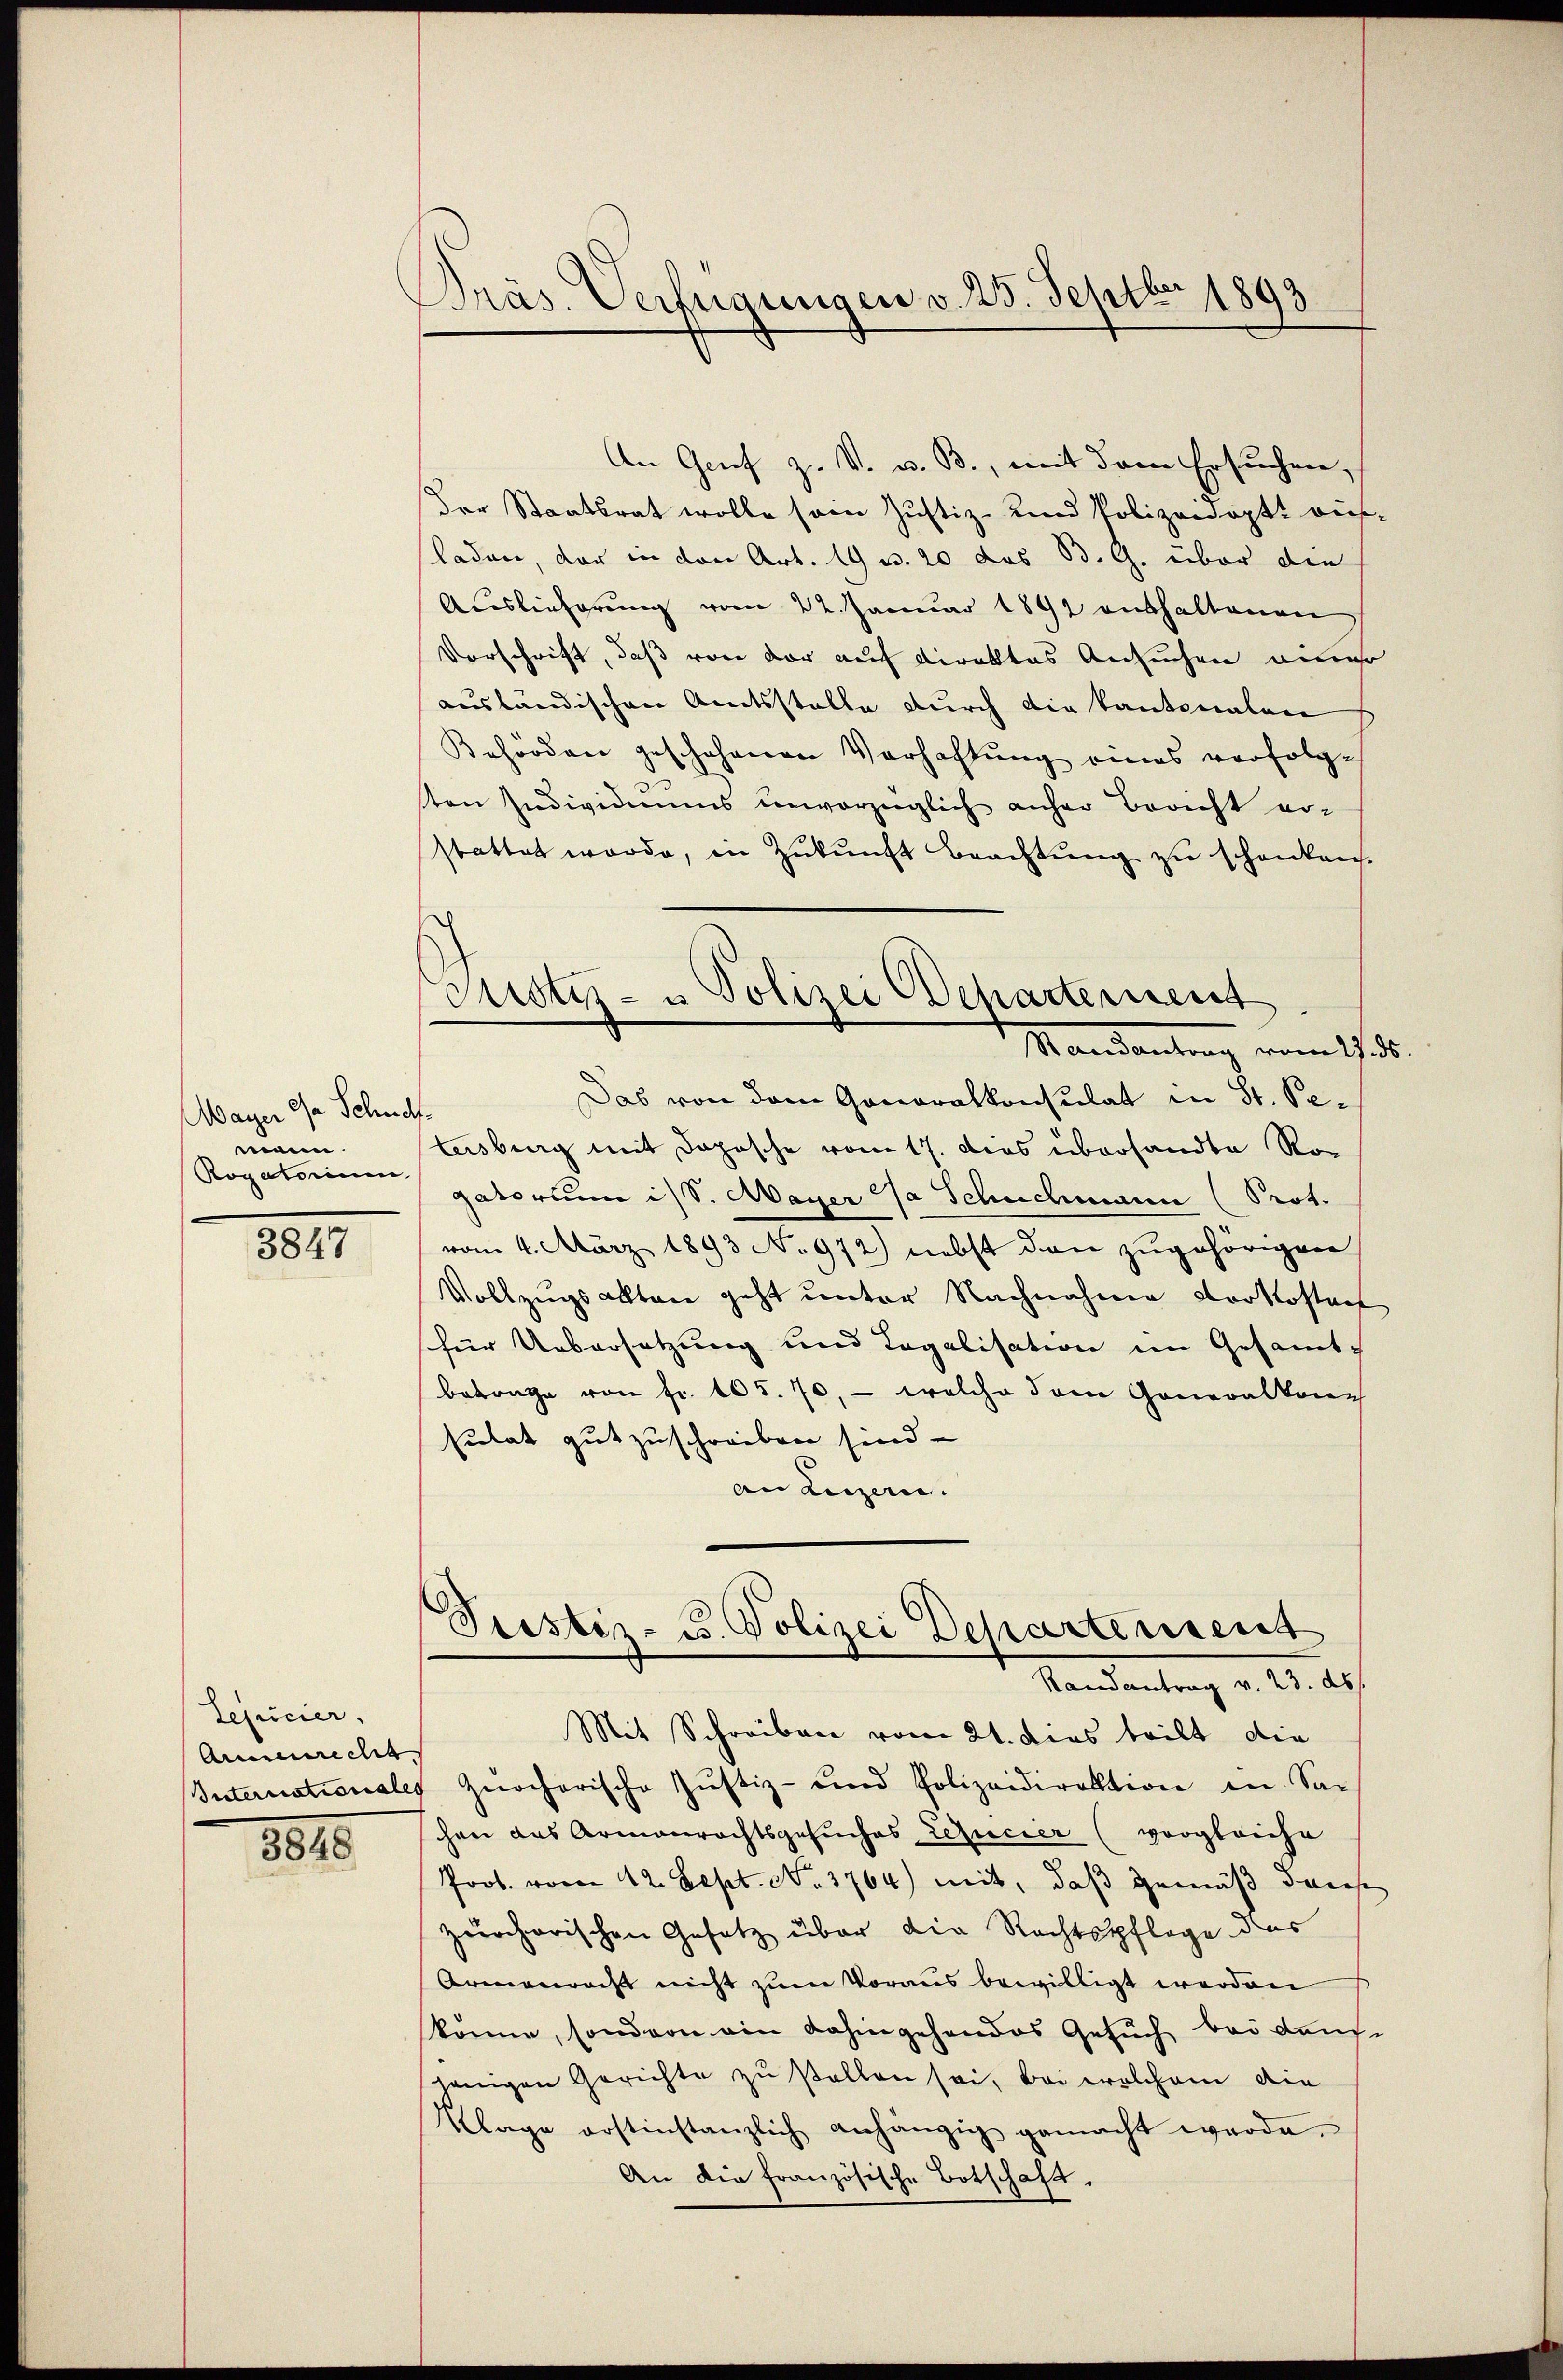
Mayer da Schulf
mann.
Rogatorium

8841

Lequcier,
Armenrecht.

8815

Präs. Verfügungen v. 25. Septbr 1893
A

h
Constiz- u Polizei Departement
Mandantrag vom 17.

An Genf z. V. u. B., mit dem Ersuchen,
Der Staatsrat wolle sein Justiz- und Polizeidoptt auf
laden, der in den Art. 19 u. 20 des B. G. über die
Auslieferung vom 22. Januar 1891 enthaltenen
Vorschrift, daß von der auf direktes Ansuchen einer
ausländischen Amtsstelle durch die kantonalen
Behörden geschehenen Verhaftung eines verfolg-
ton Individuums unvorzüglich anher Bericht er-
stattet werde, in Zŭkŭnft Beachtung zu schanken.
Das von dem Generalkonsulat in St. Petusburg mit Dopische vom 17. dies übersandte Rogatorum ist. Mayer da Schuchmann (Prot.
vom 4. März 1893 No 972) nebst dann zugehörigen
Vollzugsakten geht unter Nachnahme vorkostens
für Uebersetzung und Legalisation im Gesamt-
Betrage von fr. 105. 70, — welche dem Generalkon
sulat gut zuschreiben sind.
an Luzern.
Seestiz- u. Polizei Departerrent
Randantrag v. 23. ds.
Mit Schreiben vom 21. dies teilt die
Internationales zürcherische Justiz- und Polizeidirektion in Sac
hen das Armenrechtsgesuches Leducier (vergleiche
Prob. vom 12. Sept. No. 3764) mit, daß gemäß dans
zerchorischen Gesetz über die Rechtspflege das
Armenrecht nicht zum Voraus bewilligt werden
könne, sondern ein dahingehandes Gesuch bei dens-
jenigen Gerichte zu stellen sei, bei welchem die
Klage erstinstanzlich anhängig gemacht werde.
An die französische Botschaft.